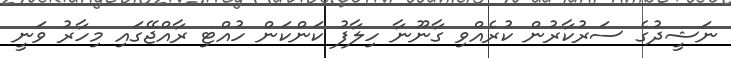
ނަޝީދުގެ ސަރުކާރުން ކުރެއްވި ގާނޫނާ ހިލާފު ކަންކަން ހުއްޓި ރާއްޖޭގައި މިހާރު ވަނީ